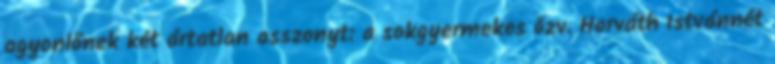
agyonlőnek két ártatlan asszonyt: a sokgyermekes özv. Horváth Istvánnét